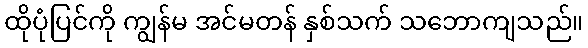
ထိုပုံပြင်ကို ကျွန်မ အင်မတန် နှစ်သက် သဘောကျသည်။